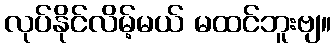
လုပ်နိုင်လိမ့်မယ် မထင်ဘူးဗျ။